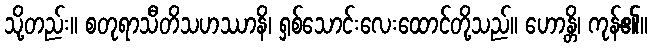
သို့တည်း။ စတုရာသီတိသဟဿာနိ၊ ရှစ်သောင်းလေးထောင်တို့သည်။ ဟောန္တိ၊ ကုန်၏။